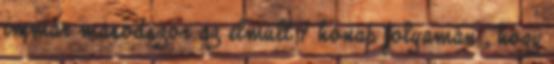
immár másodszor az elmúlt 4 hónap folyamán , hogy